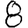
Digit: 8